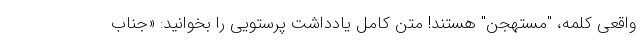
واقعی کلمه، "مستهجن" هستند! متن کامل یادداشت پرستویی را بخوانید: «جناب